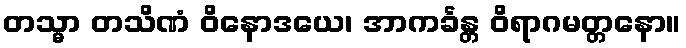
တသ္မာ တသိဏံ ဝိနောဒယေ၊ အာကင်္ခန္တ ဝိရာဂမတ္တနော။